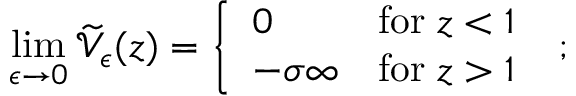
\operatorname * { l i m } _ { \epsilon \rightarrow 0 } \widetilde { \mathcal V } _ { \epsilon } ( z ) = \left\{ \begin{array} { l l } { { 0 } } & { { \mathrm { f o r } \; z < 1 } } \\ { { - \sigma \infty } } & { { \mathrm { f o r } \; z > 1 } } \end{array} \right. \; ;